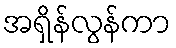
အရှိန်လွန်ကာ